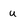
Character: u